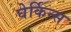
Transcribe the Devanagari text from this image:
घेर्किन्स